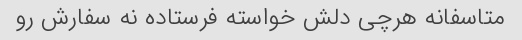
متاسفانه هرچی دلش خواسته فرستاده نه سفارش رو